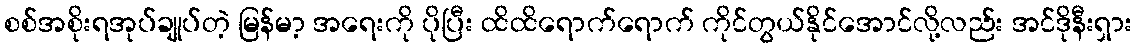
စစ်အစိုးရအုပ်ချုပ်တဲ့ မြန်မာ့ အရေးကို ပိုပြီး ထိထိရောက်ရောက် ကိုင်တွယ်နိုင်အောင်လို့လည်း အင်ဒိုနီးရှား